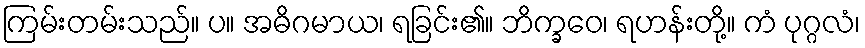
ကြမ်းတမ်းသည်။ ပ။ အဓိဂမာယ၊ ရခြင်း၏။ ဘိက္ခဝေ၊ ရဟန်းတို့။ ကံ ပုဂ္ဂလံ၊